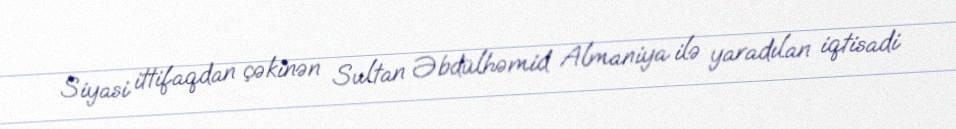
Siyasi ittifaqdan çəkinən Sultan Əbdülhəmid Almaniya ilə yaradılan iqtisadi